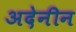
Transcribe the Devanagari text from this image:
अदेनीन